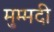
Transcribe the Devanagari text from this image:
मुम्मदी